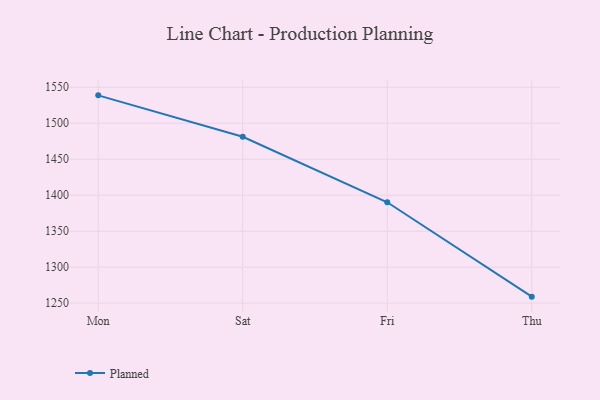
{"axis": {"x": "Day", "y": "Budget (USD K)"}, "legend": ["Planned"], "data": [{"x": "Mon", "y": 1538.8, "type": "Planned"}, {"x": "Sat", "y": 1481.2, "type": "Planned"}, {"x": "Fri", "y": 1390.2, "type": "Planned"}, {"x": "Thu", "y": 1259.0, "type": "Planned"}]}